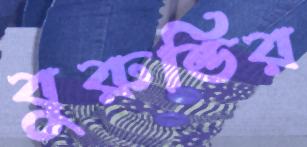
বুরুন্ডির